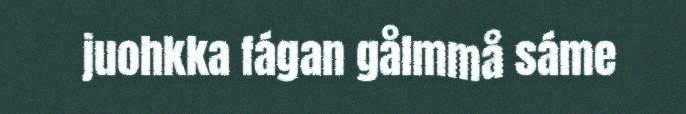
juohkka fágan gålmmå sáme